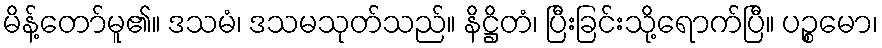
မိန့်တော်မူ၏။ ဒသမံ၊ ဒသမသုတ်သည်။ နိဋ္ဌိတံ၊ ပြီးခြင်းသို့ရောက်ပြီ။ ပဉ္စမော၊